Madras plague regulations in force outside the Presidency town - Volume 2
Disease focus: Plague
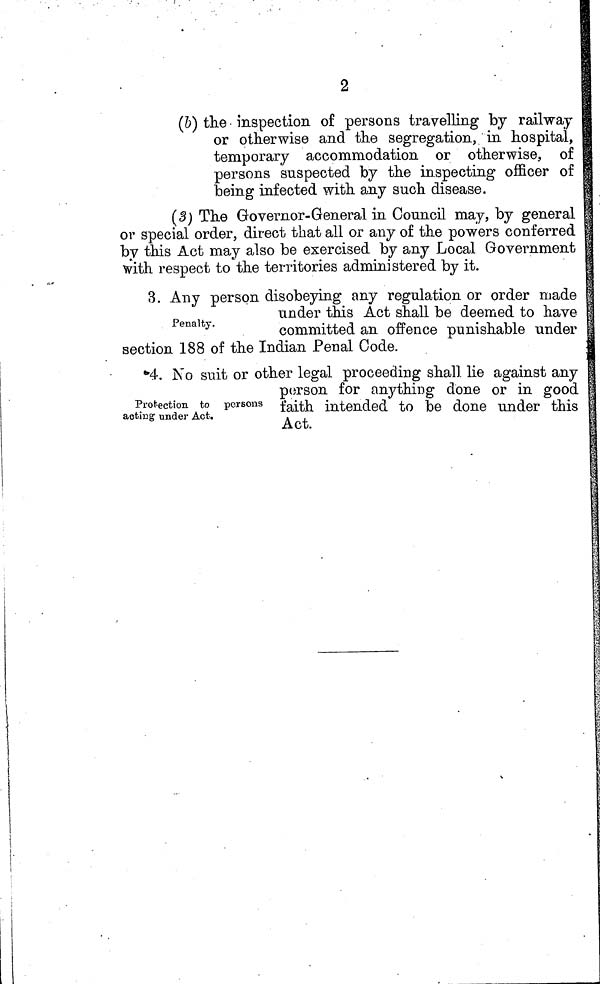
2
(b) the • inspection of persons travelling by railway
or otherwise and the segregation, in hospital,
temporary accommodation or otherwise, of
persons suspected by the inspecting officer of
being infected with any such disease.
(3) The Governor-General in Council may, by general
or special order, direct that all or any of the powers conferred
by this Act may also be exercised by any Local Government
with respect to the territories administered by it.
3. Any person disobeying any regulation or order ruade
under this Act shall be deemed to have
committed an offence punishable under
section 188 of the Indian Penal Code.
Protection to persons
acting under Act.
"4. No suit or other legal proceeding shall lie against any
person for anything done or in good
faith intended to be done under this
Act.